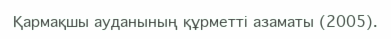
Қармақшы ауданының құрметті азаматы (2005).